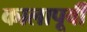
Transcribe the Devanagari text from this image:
कालापूर्वी